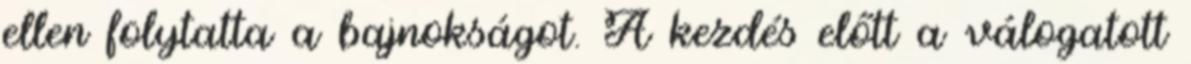
ellen folytatta a bajnokságot. A kezdés előtt a válogatott